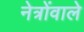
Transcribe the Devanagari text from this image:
नेत्रोंवाले